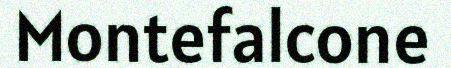
Montefalcone